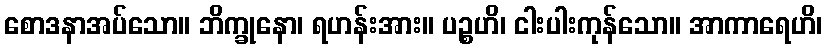
စောဒနာအပ်သော။ ဘိက္ခုနော၊ ရဟန်းအား။ ပဉ္စဟိ၊ ငါးပါးကုန်သော။ အာကာရေဟိ၊